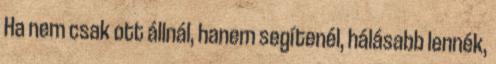
Ha nem csak ott állnál, hanem segítenél, hálásabb lennék,